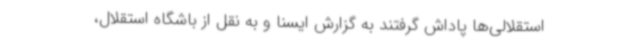
استقلالی‌ها پاداش گرفتند به گزارش ایسنا و به نقل از باشگاه استقلال،